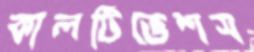
কালটিভেশস